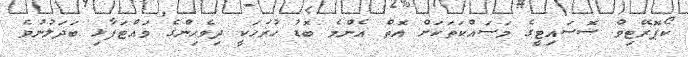
ކޯޕޮރޭޓިވް ސޮސައިޓީގެ މަސައްކަތަކަށް އޮތް އެންމެ ބޮޑު ހުރަހަކީ ދިވެހިންގެ ވައްޓަފާޅި ބަދަލުނުވެ